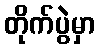
တိုက်ပွဲမှာ